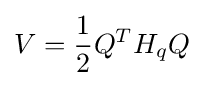
V={1 \over 2}Q^{T}H_{q}Q